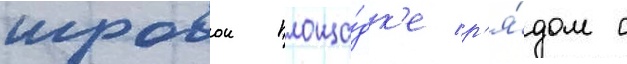
игровои площа́дк'е р'я́дом с